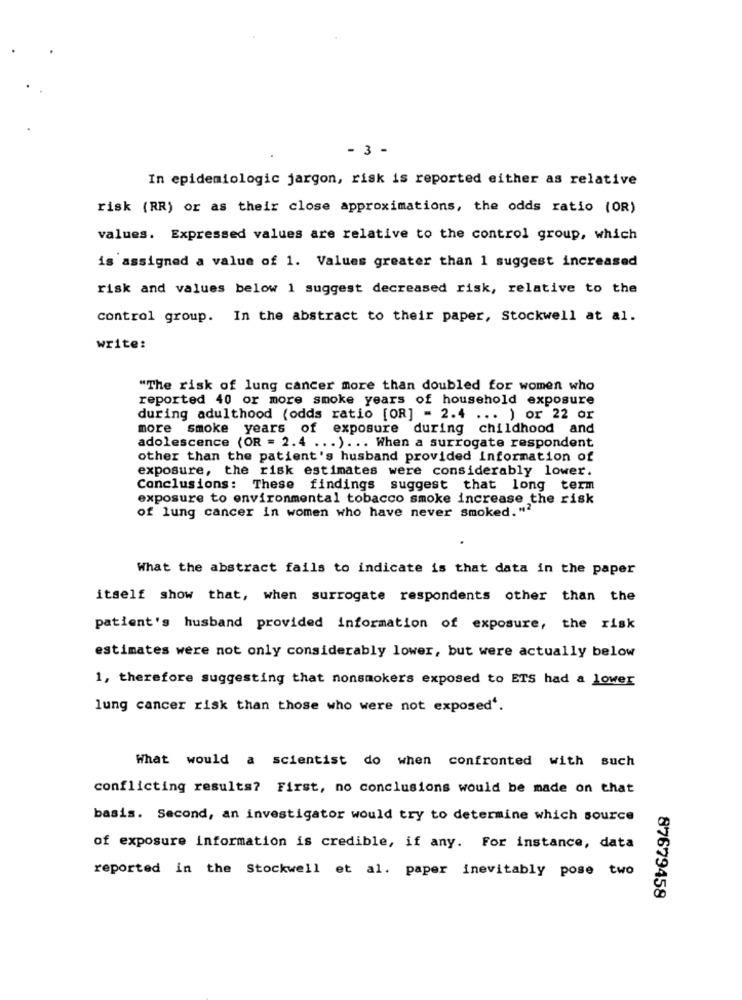
- 3 -
In epidemiologic jargon, risk is reported either as relative
risk (RR) or as their close approximations, the odds ratio (OR)
values. Expressed values are relative to the control group, which
is assigned a value of 1. Values greater than 1 suggest increased
risk and values below 1 suggest decreased risk, relative to the
control group. In the abstract to their paper, Stockwell at al.
write:
"The risk of lung cancer more than doubled for women who
reported 40 or more smoke years of household exposure
during adulthood (odds ratio [OR] = 2.4 ... ) or 22 or
more smoke years of exposure during childhood and
adolescence (OR = 2.4 ... ) ... When a surrogate respondent
other than the patient's husband provided Information of
exposure, the risk estimates were considerably lower.
Conclusions: These findings suggest that long term
exposure to environmental tobacco smoke increase the risk
of lung cancer in women who have never smoked. "2
What the abstract fails to indicate is that data in the paper
itself show that, when surrogate respondents other than the
patient's husband provided information of exposure, the risk
estimates were not only considerably lower, but were actually below
1, therefore suggesting that nonsmokers exposed to ETS had a lower
lung cancer risk than those who were not exposed'.
What would a scientist do when confronted with such
conflicting results? First, no conclusions would be made on that
basis. Second, an investigator would try to determine which source
of exposure information is credible, if any. For instance, data
reported in the Stockwell et al. paper inevitably pose two
87679458